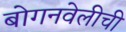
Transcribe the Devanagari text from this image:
बोगनवेलीची